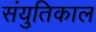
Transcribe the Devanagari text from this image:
संयुतिकाल